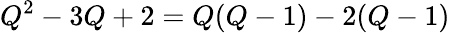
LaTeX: Q^{2}-3Q+2=Q(Q-1)-2(Q-1)